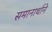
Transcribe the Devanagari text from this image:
समानार्थाने